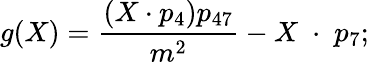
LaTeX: g(X)=\frac{(X\cdot p_{4})p_{47}}{m^{2}}-X\; \cdot\; p_{7};